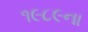
૧૯૮૯ના